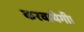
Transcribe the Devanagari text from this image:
करवायेगी।